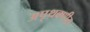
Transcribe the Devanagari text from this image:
अपृथक्णीय